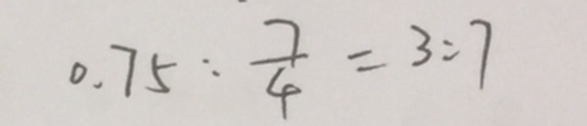
0 . 7 5 : \frac { 7 } { 4 } = 3 : 7